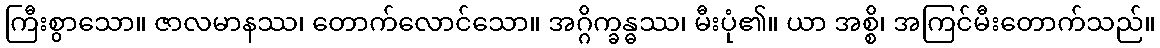
ကြီးစွာသော။ ဇာလမာနဿ၊ တောက်လောင်သော။ အဂ္ဂိက္ခန္ဓဿ၊ မီးပုံ၏။ ယာ အစ္စိ၊ အကြင်မီးတောက်သည်။